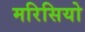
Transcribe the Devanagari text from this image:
मरिसियो